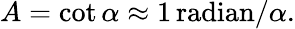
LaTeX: A=\cot\alpha\approx 1\, {\textrm{radian}}/\alpha.